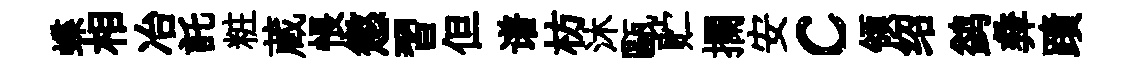
蝶相冶託粧蔵悵懲習但谱枋沐甌贮攔安c領绍鹢彜蹟